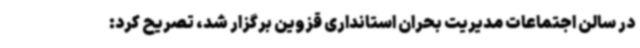
در سالن اجتماعات مدیریت بحران استانداری قزوین برگزار شد، تصریح کرد: